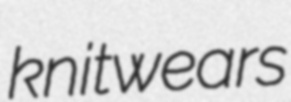
knitwears